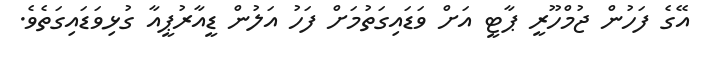
އޭގެ ފަހުން ޖުމްހޫރީ ޕާޓީ އަށް ވަޑައިގަތުމަށް ފަހު އަލުން ޑީއާރުޕީއާ ގުޅިވަޑައިގަތެވެ.